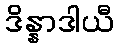
ဒိန္နာဒါယီ